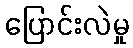
ပြောင်းလဲမှု